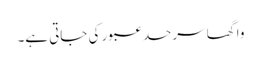
واگھا سرحد عبور کی جاتی ہے۔